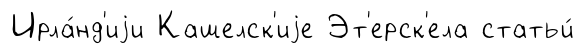
Ирла́нд'иjи Кашелск'иjе Эт'ерск'ела статьи́